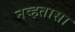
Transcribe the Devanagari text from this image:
नव्हतासा